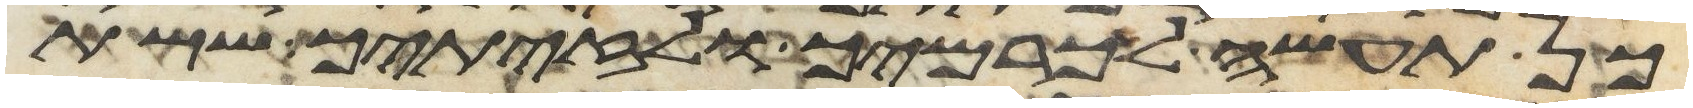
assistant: כן תעשה לכרמך ולזיתיך ששת